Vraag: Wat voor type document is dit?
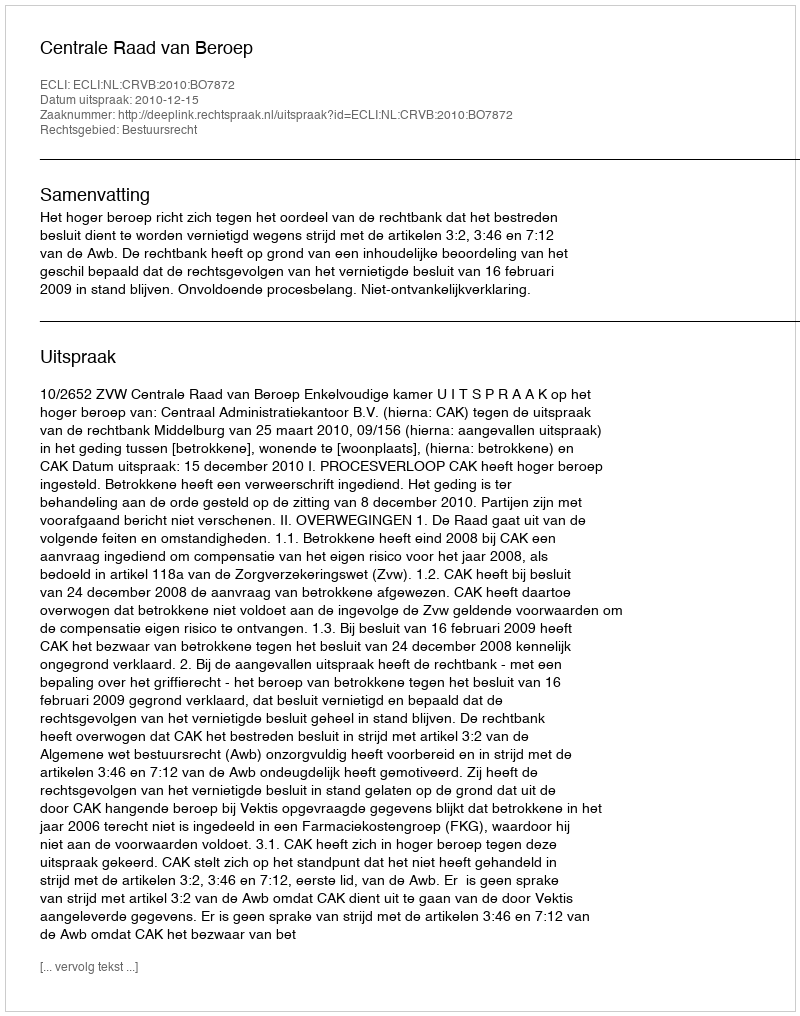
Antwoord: Uitspraak